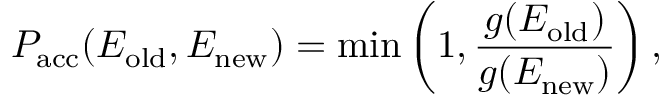
P _ { \mathrm { a c c } } ( E _ { \mathrm { o l d } } , E _ { \mathrm { n e w } } ) = \operatorname* { m i n } \left( 1 , \frac { g ( E _ { \mathrm { o l d } } ) } { g ( E _ { \mathrm { n e w } } ) } \right) ,